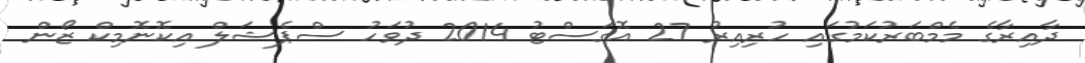
ދާއިރާގެ މެމްބަރުކަމުގައި ހުރިއިރު 27 އޮގަސްޓު 2014 ދުވަހު ސްޕެޝަލް އިކޮނޮމިކް ޒޯން